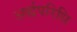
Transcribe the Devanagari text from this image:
अर्द्धपरिधि